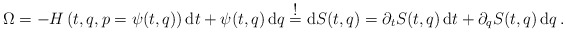
\begin{align*}\Omega=-H\left(t,q,p=\psi(t,q)\right){\mbox d}t+\psi(t,q)\,\mbox{d}q\stackrel{\textstyle !}{=}\mbox{d}S(t,q)=\partial_t S(t,q)\,\mbox{d}t+\partial_q S(t,q)\,\mbox{d}q\,.\end{align*}